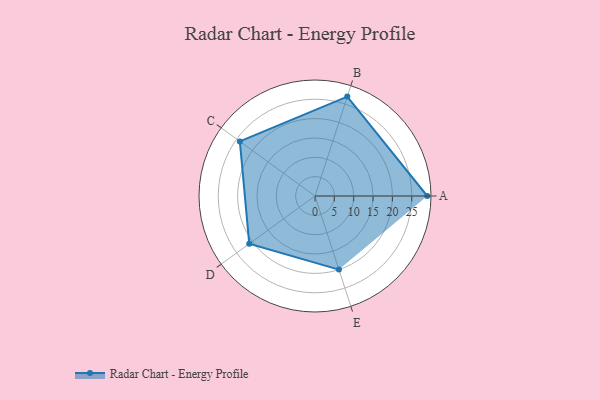
{"axis": {"x": "Skill", "y": "Score"}, "legend": ["Profile"], "data": [{"x": "A", "y": 29.0, "type": "Profile"}, {"x": "B", "y": 27.0, "type": "Profile"}, {"x": "C", "y": 24.0, "type": "Profile"}, {"x": "D", "y": 21.0, "type": "Profile"}, {"x": "E", "y": 20, "type": "Profile"}]}